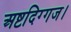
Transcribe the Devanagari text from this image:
अष्टदिग्गज।